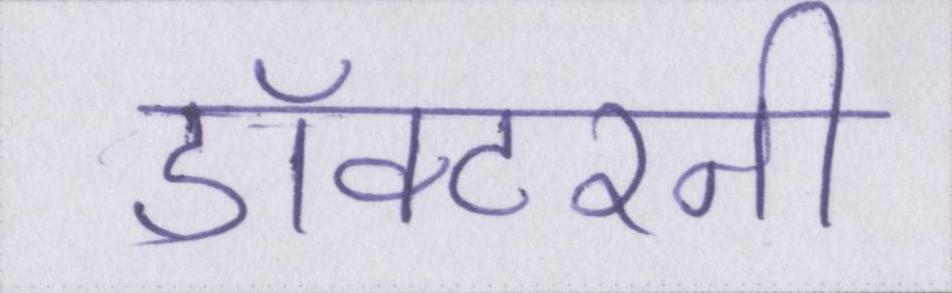
डॉक्टरनी